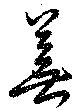
蕪